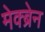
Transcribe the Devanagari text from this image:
मेक्ब्रेन